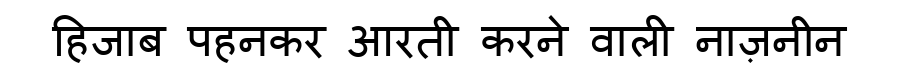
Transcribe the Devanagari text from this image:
हिजाब पहनकर आरती करने वाली नाज़नीन